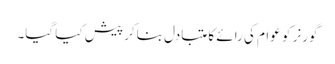
گورنر کو عوام کی رائے کا متبادل بناکر پیش کیا گیا۔